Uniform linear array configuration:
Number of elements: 24
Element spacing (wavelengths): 1
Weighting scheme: binomial
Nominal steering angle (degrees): -60
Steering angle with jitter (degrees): -61.066
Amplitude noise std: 0.05
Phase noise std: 0.05

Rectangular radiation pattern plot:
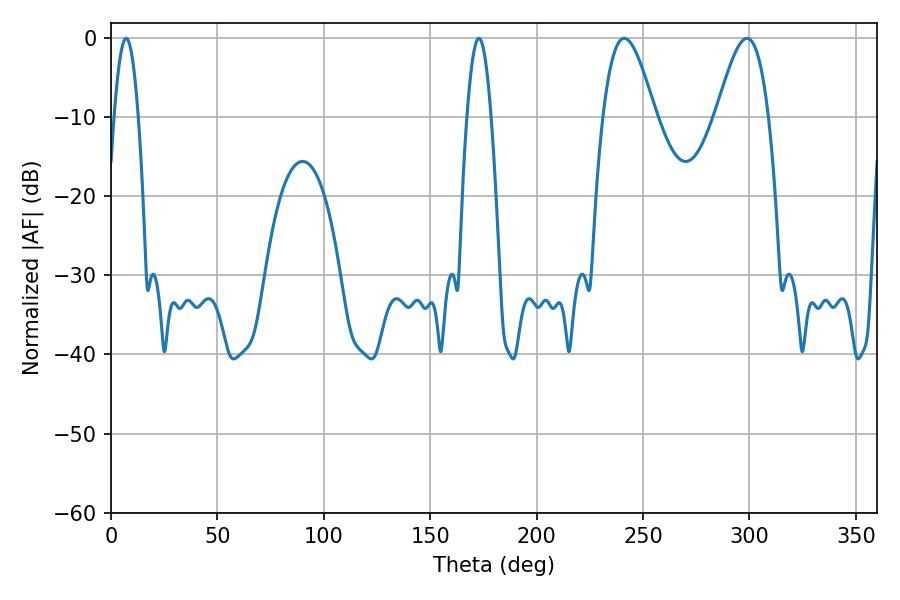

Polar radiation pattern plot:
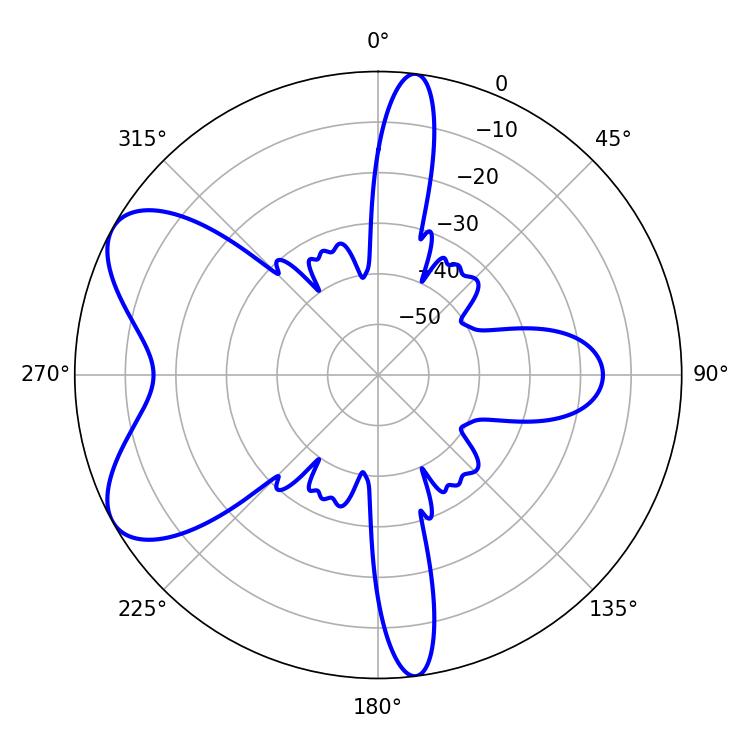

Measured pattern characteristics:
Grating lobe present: TRUE
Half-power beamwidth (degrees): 13.14
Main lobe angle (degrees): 241.2